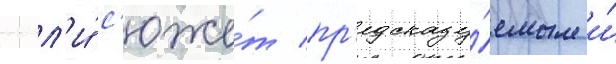
сочл'и́ с'юже́т пр'едсказу́емым и́